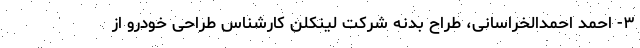
۳- احمد احمدالخراسانی، طراح بدنه شرکت لینکلن کارشناس طراحی خودرو از